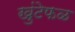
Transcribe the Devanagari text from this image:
खुंटेफळ